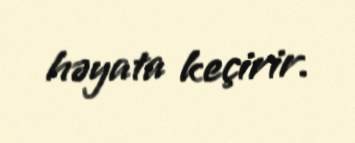
həyata keçirir.